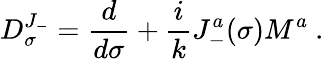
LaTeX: D_{\sigma}^{J_{-}}=\frac{d}{d\sigma}+\frac{i}{k}J_{-}^{a}(\sigma)M^{a}~.